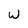
Character: W